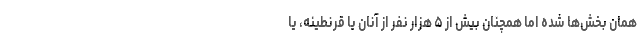
همان بخش‌ها شده اما همچنان بیش از ۵ هزار نفر از آنان یا قرنطینه، یا